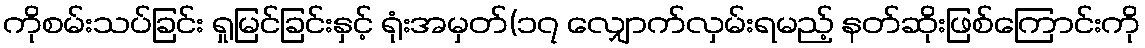
ကိုစမ်းသပ်ခြင်း ရှုမြင်ခြင်းနှင့် ရုံးအမှတ်(၁၇ လျှောက်လှမ်းရမည့် နတ်ဆိုးဖြစ်ကြောင်းကို